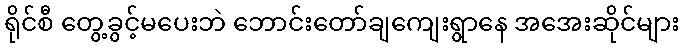
ရိုင်စီ တွေ့ခွင့်မပေးဘဲ ဘောင်းတော်ချကျေးရွာနေ အအေးဆိုင်များ